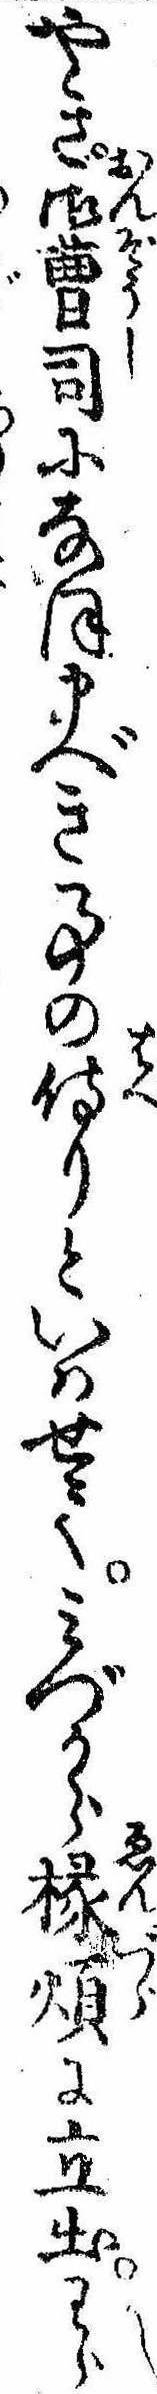
やき御曹司になほ申べき事の侍りといはせてみづから縁煩に立出わら